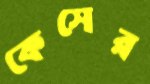
কেসের